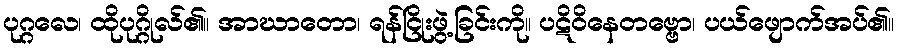
ပုဂ္ဂလေ၊ ထိုပုဂ္ဂိုလ်၏။ အာဃာတော၊ ရန်ငြိုးဖွဲ့ခြင်းကို။ ပဋိဝိနေတဗ္ဗော၊ ပယ်ဖျောက်အပ်၏။